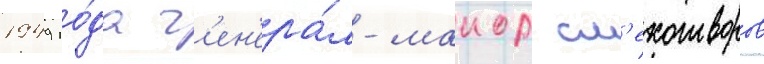
1949 го́да г'ен'ера́л-маиор см'ехотворов